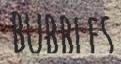
BUBBLES